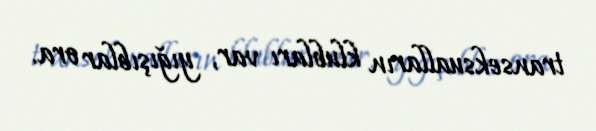
transeksualların klubları var, yığışıblar ora.